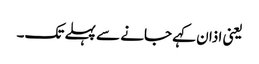
یعنی اذان کہے جانے سے پہلے تک۔